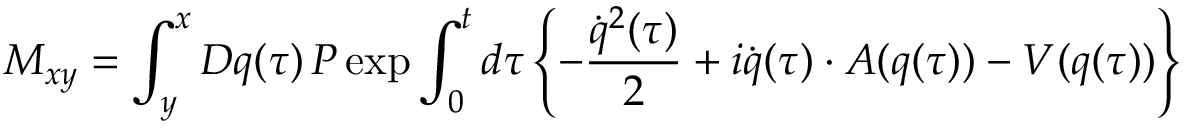
M _ { x y } = \int _ { y } ^ { x } D q ( \tau ) \, { \cal P } \exp \int _ { 0 } ^ { t } d \tau \left\{ - \frac { \dot { q } ^ { 2 } ( \tau ) } { 2 } + i \dot { q } ( \tau ) \cdot A ( q ( \tau ) ) - V ( q ( \tau ) ) \right\}